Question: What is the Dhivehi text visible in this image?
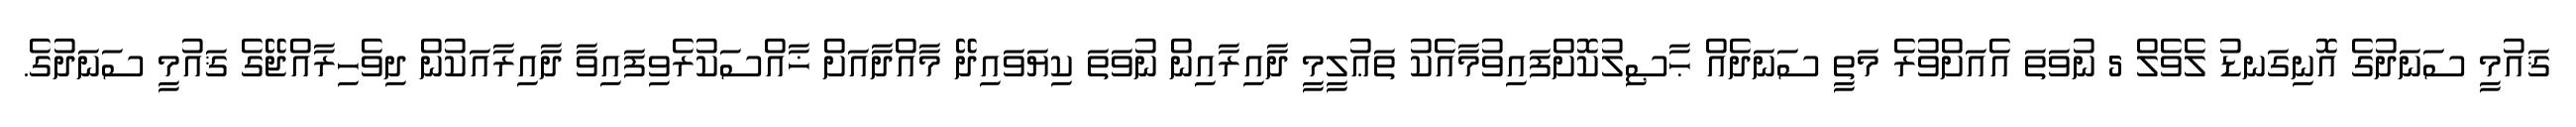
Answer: ޤައުމީ ސަނަދުގެ އޮނިގަނޑު ލެވެލް 5 ނުވަތަ އެއަށްވުރެ މަތީ ސަނަދެއް ޙާޞިލުކޮށްފައިވުމާއެކު ތަޢުލީމީ ދާއިރާއިން ނުވަތަ ކިޔަވައިދޭ މާއްދާއަށް ޚާއްސަކުރެވިފައިވާ ދާއިރާއަކުން ދިވެހިރާއްޖޭގެ ޤައުމީ ސަނަދުގެ.